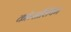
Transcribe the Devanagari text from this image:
कॉन्सॉर्शियम